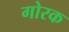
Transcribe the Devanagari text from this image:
गोरक